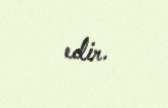
edir.